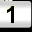
Digit: 1